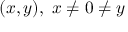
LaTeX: ( x , y ) , \; x \neq 0 \neq y